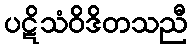
ပဋိသံဝိဒိတသညီ